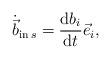
LaTeX: \begin{align*}\begin{aligned} \dot{\vec b}_{{\rm in} \, s}=\dfrac{{\rm d} b_i}{{\rm d} t}\vec e_i,\end{aligned}\end{align*}